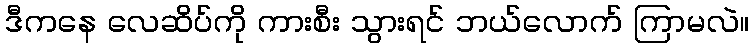
ဒီကနေ လေဆိပ်ကို ကားစီး သွားရင် ဘယ်လောက် ကြာမလဲ။